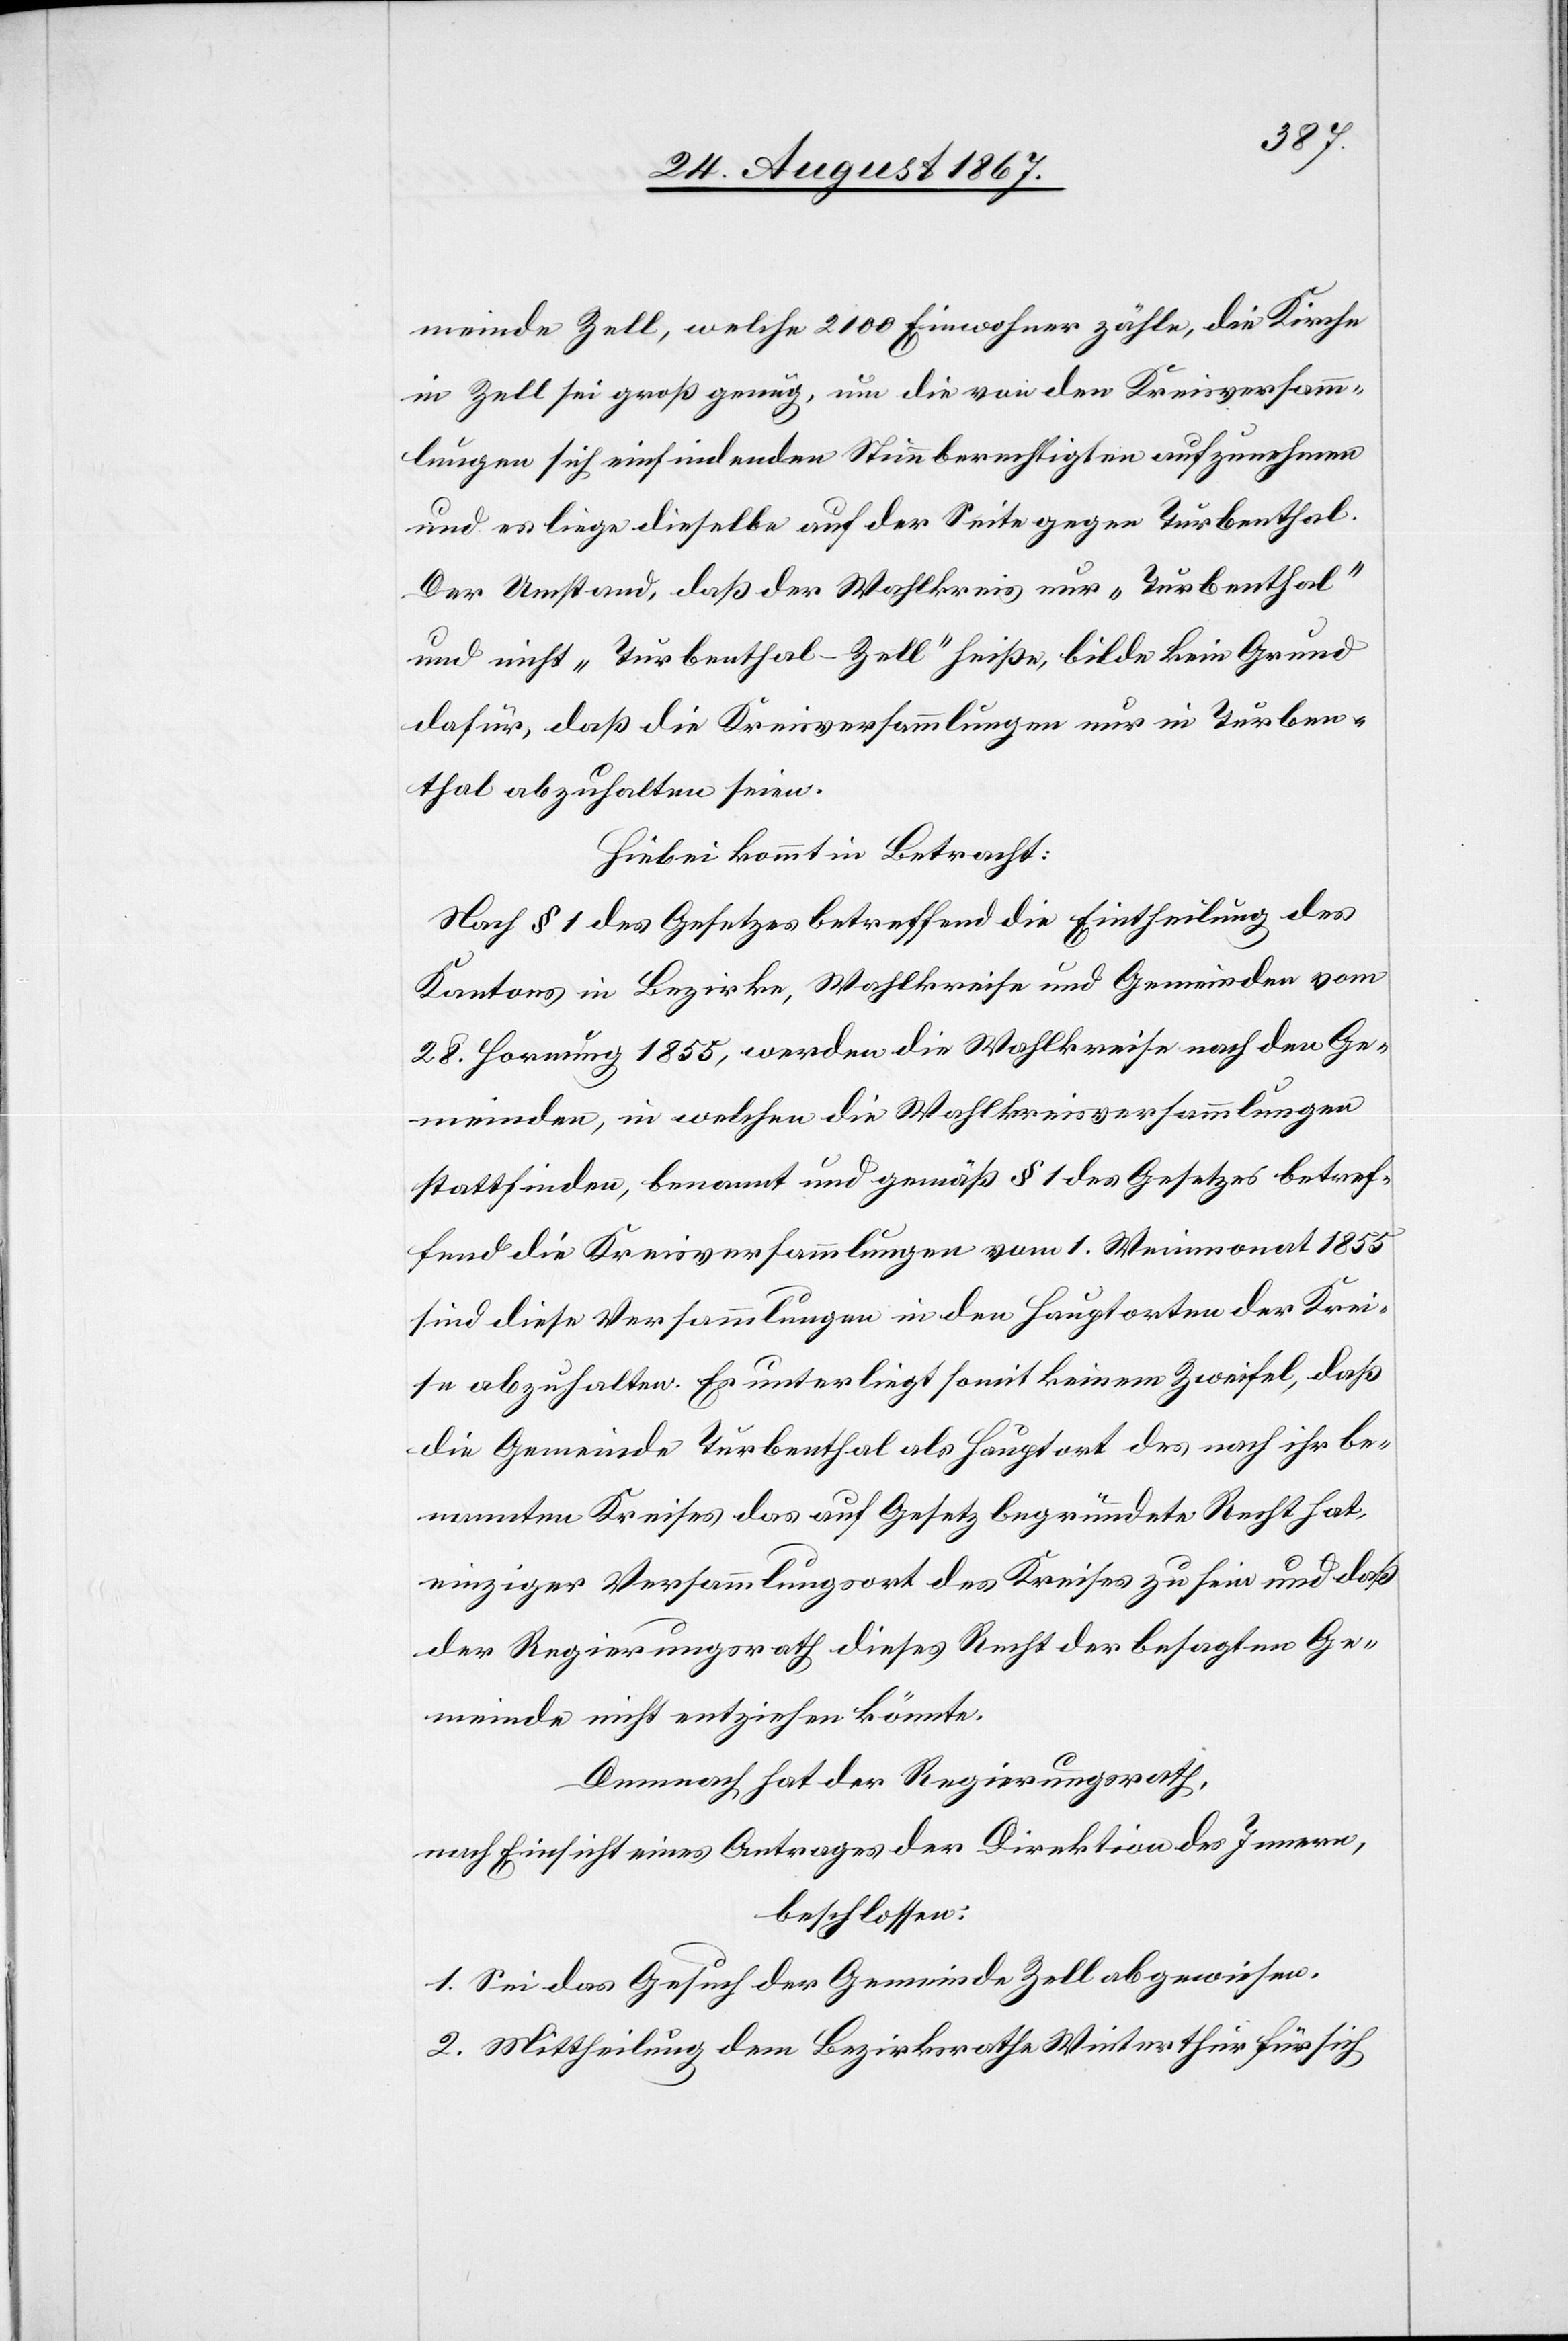
meinde Zell, welche 2100 Einwohner zähle, die Kirche
in Zell sei groß genug, um die von den Kreisversamm¬
lungen sich einfindenden Stimmberechtigten aufzunehmen
und es liege dieselbe auf der Seite gegen Turbenthal.
Der Umstand, daß der Wahlkreis nur „Turbenthal“
und nicht „Turbenthal-Zell“ heiße, bilde kein Grund
dafür, daß die Kreisversammlungen nur in Turben¬
thal abzuhalten seien.
Hiebei kommt in Betracht:
Nach § 1 des Gesetzes betreffend die Eintheilung des
Kantons in Bezirke, Wahlkreise und Gemeinden vom
28. Hornung 1855, werden die Wahlkreise nach den Ge¬
meinden, in welchen die Wahlkreisversammlungen
stattfinden, benannt und gemäß § 1 des Gesetzes betref¬
fend die Kreisversammlungen vom 1. Weinmonat 1855
sind diese Versammlungen in den Hauptorten der Krei¬
se abzuhalten. Es unterliegt somit keinem Zweifel, daß
die Gemeinde Turbenthal als Hauptort des nach ihr be¬
nannten Kreises das auf Gesetz begründete Recht hat,
einziger Versammlungsort des Kreises zu sein und daß
der Regierungsrath dieses Recht der besagten Ge¬
meinde nicht entziehen könnte.
Demnach hat der Regierungsrath,
nach Einsicht eines Antrages der Direktion des Innern,
beschlossen:
1. Sei das Gesuch der Gemeinde Zell abgewiesen.
2. Mittheilung dem Bezirksrathe Winterthur für sich